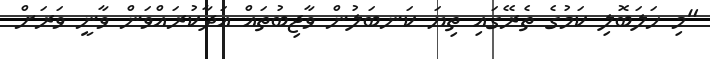
"މި ހަލަބޮލި ކަމުގެ ތެރޭގައި ތިޔަ ކަނބަލުން ވާޖިބުތައް އަދާކުރައްވަން ވާނީ ވަރަށް